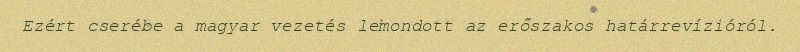
Ezért cserébe a magyar vezetés lemondott az erőszakos határrevízióról.